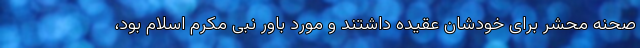
صحنه محشر برای خودشان عقیده داشتند و مورد باور نبی مکرم اسلام بود،